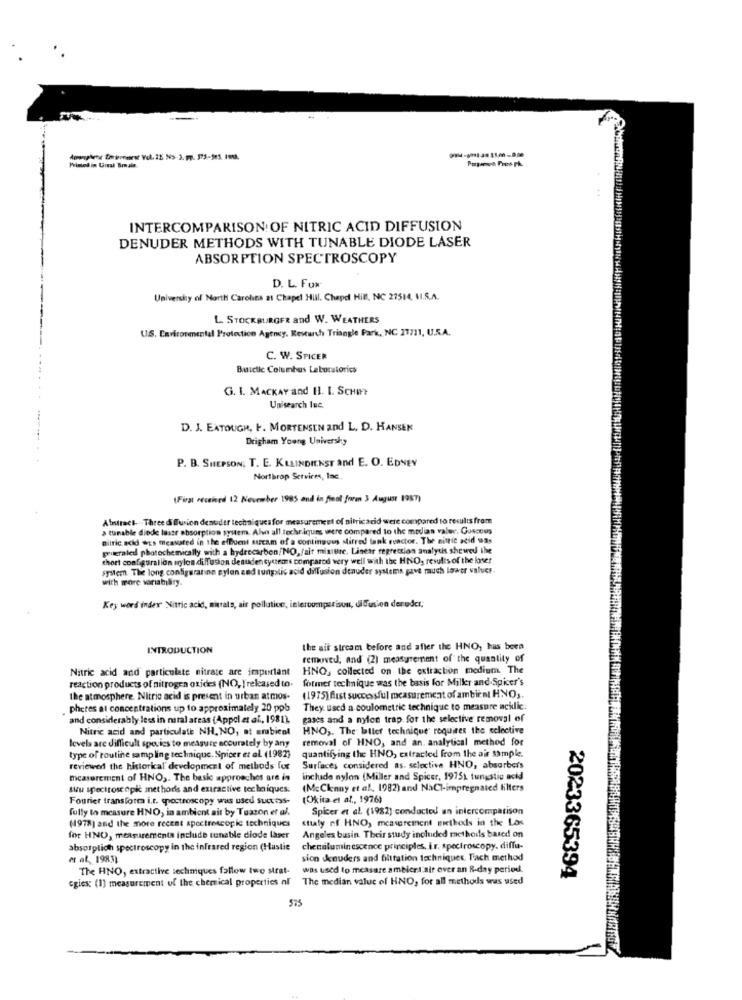
Popsech Pres Ph.
Printed in Great Brasia
INTERCOMPARISON OF NITRIC ACID DIFFUSION
DENUDER METHODS WITH TUNABLE DIODE LASER
ABSORPTION SPECTROSCOPY
D. L. Fux
University of North Carolina at Chapel Hill. Chapel Hill, NC 27514, 11.S.A.
L. STOCK BURGER and W. WEATHERS
US. Carirosmental Protection Agency. Research Triangle Park, NC 27711, U.S.A.
C. W. SPICER
Buictic Columbus Laboratories
G. I. MACKAY and H1. 1. SCHEt
Unisearch Inc.
D. J. EATOUGH, F. MORTENSEN and L. D. HANSEN
Brigham Young Univershy
P. B. SHEPSON, T. E. KLLINDIENST and E. O. EDNEY
Northrop Services, lac
(First received 12 November 1985 and in final froren 3 August 1987)
Attract- Three diffusion deneder techniques for measurement of nitricacid were compared to results from
a tunable diode laser absorption system. Alvo all techriques were compared to the median value. Guscous
Ditric acid was measured in the effluent sucam of a continguus stirred tank euactor. The nitric acid was
writeraled photochemically with a hydrocarbon/NO,fait misture. Linear regression analysis showed the
thort configuration nylon di fusion desuden systems compared very well with the HNO, results of the loser
system. The long configuration cylon and tungslic acid diffusion denuder systems gave much lower values.
with more variability.
Key word index Nitric acid, mittels, air pollution, interoumparisun, diffusion deruder.
INTRODUCTION
the ait sircam before and after the HNO, has been
removed, and (2) measurement of the quantity of
Nitric acid and particulate nitrate are important
HNO, collected on the extraction medium. The
reaction products of nitrogen oxides (NO, Trekased to.
former technique was the basis for Miller and Spices's
the atmosphere. Nitric acid is present in urban atmos-
(1975) first successful measurement of ambient HNO ,.
pheres at concentrations up to approximately 20 ppb
They used a coulometric technique to measure acklic.
and considerably less in maral areas (Appel et al ., 1981).
gases and a nylon trap. for the selective removal of
Nitric acid and particulate NH. NO, at arabienl
HNO ,. The better technique" requires the selective
levels are difficult sporics to measure accurately by any
removal of HNO, and an. analytical method for
type of routine sampling technique. Spicer et al. (1982)
quantifying the HNO, extracted from the air sample.
reviewed the historkal development of methods for
Surfaces considered as. selective HNO, absorbers
measurement of HNO ,. The basic approaches are in
include nylon (Miller and Spicer, 1975x tungstic acid
su spectroscopie methods and extractive techniques.
(McClenny et al. 1982) and NaCl-impregnated filters
Fourier transforma i.r. coctroscopy was used Suct tss-
(Okita et al ., 1976)
fully to measure HNO, in ambient air by Tuazon et al.
Spicer et al. (1982) conducted un intercomparison
(1978] and the more recent spectroscopic techniques
staly of HNO, measurement extheds in the Law
for HNO, measurementa include tunable diode laser
Angeles busin Their study included methods based on
absorplich spectroscopy in the infrared region (Hastie
chemiluminescence principles, i.r. spectroscopy. diffu-
et al, 1983)
sion denuders and filtration techniques. Tach method
The HNO, extractive sechmiques fallow two strat-
was used to measure ambicei sit over an 8-day period.
cgiex: (1) measurement of the chemical properties of The median value of HNO, for all methods was used
2023365394
575